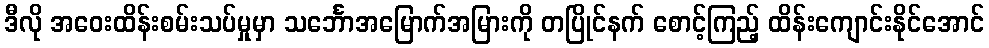
ဒီလို အဝေးထိန်းစမ်းသပ်မှုမှာ သင်္ဘောအမြောက်အမြားကို တပြိုင်နက် စောင့်ကြည့် ထိန်းကျောင်းနိုင်အောင်